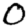
Digit: 0